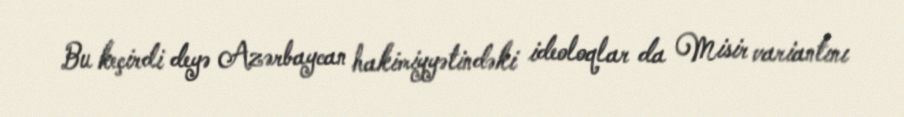
Bu keçirdi deyə Azərbaycan hakimiyyətindəki ideoloqlar da Misir variantını